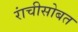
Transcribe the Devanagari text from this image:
रांचीसोबत